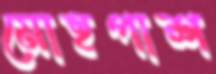
মোহপাশ